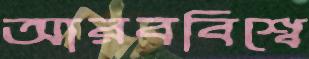
আরববিশ্বে